画像に写った文字を読んでください
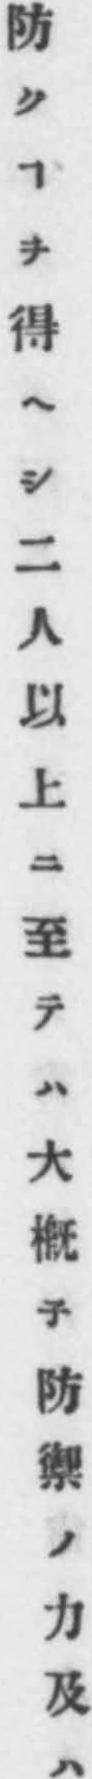
「防クヿヲ得ヘシ二人以上ニ至テハ大槪子防禦ノ力及ハ」と書いてあります